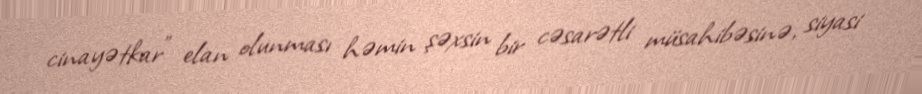
cinayətkar” elan olunması həmin şəxsin bir cəsarətli müsahibəsinə, siyasi